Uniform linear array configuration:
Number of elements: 8
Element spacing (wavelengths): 1
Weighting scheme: binomial
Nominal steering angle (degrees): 30
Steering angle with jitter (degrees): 30.171
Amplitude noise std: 0.05
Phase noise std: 0.05

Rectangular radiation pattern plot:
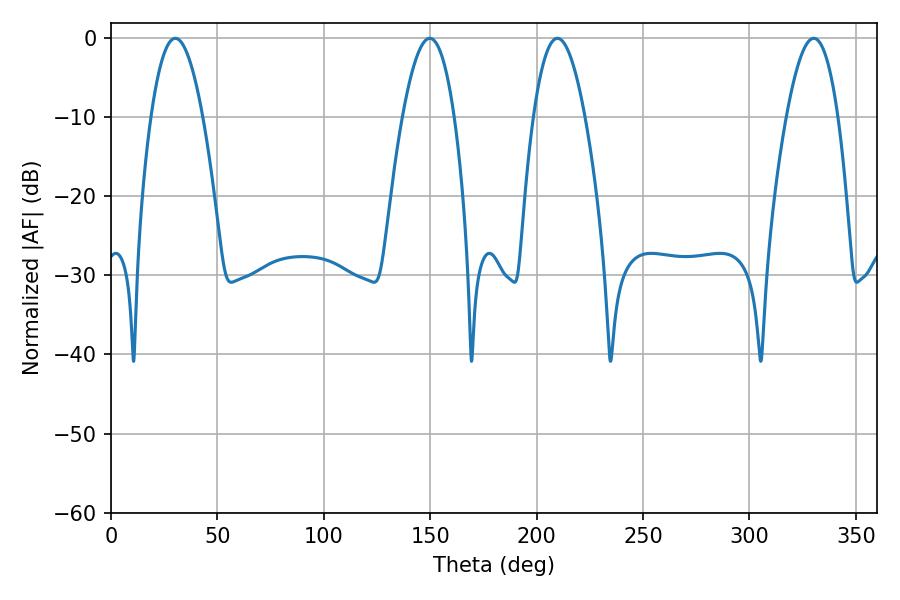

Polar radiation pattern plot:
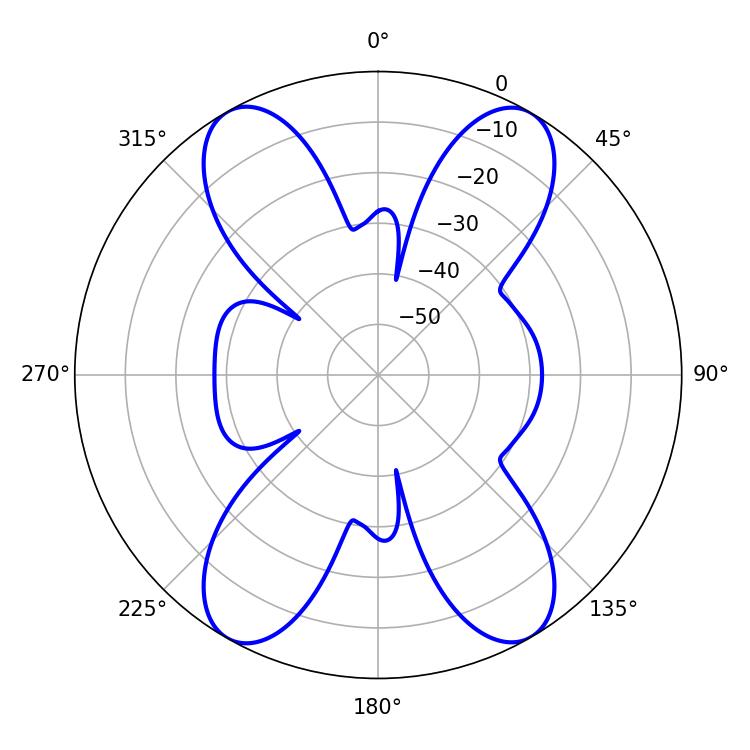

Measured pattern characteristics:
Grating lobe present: TRUE
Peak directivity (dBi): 27.276
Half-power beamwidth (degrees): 13.32
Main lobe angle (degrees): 30.24